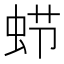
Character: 𮔂